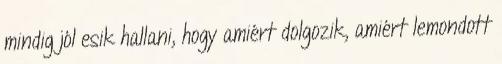
mindig jól esik hallani, hogy amiért dolgozik, amiért lemondott